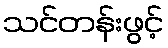
သင်တန်းဖွင့်